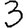
Digit: 3